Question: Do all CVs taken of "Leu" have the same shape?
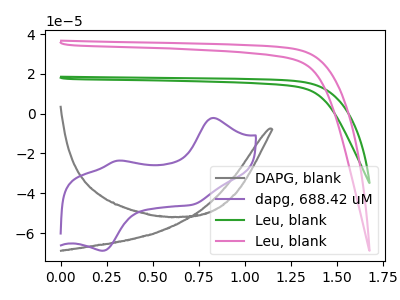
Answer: <think>The gray curve "DAPG, blank" has no peaks. The purple curve "dapg, 688.42 uM" has anodic peaks at (0.85V, -2.15uA) (0.30V, -23.70uA) and cathodic peaks at (0.25V, -68.90uA) (0.70V, -45.75uA). The green curve "Leu, blank" has no peaks. The pink curve "Leu, blank" has no peaks.
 "DAPG, blank" and "dapg, 688.42 uM" have a different number of peaks. Neither "DAPG, blank" or "Leu, blank" have any peaks. Neither "DAPG, blank" or "Leu, blank" have any peaks. "dapg, 688.42 uM" and "Leu, blank" have a different number of peaks. "dapg, 688.42 uM" and "Leu, blank" have a different number of peaks. Neither "Leu, blank" or "Leu, blank" have any peaks.</think>
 <answer>All the CV's of "Leu" have similar shape.</answer>
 <eval>follow_rule</eval>